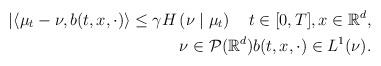
LaTeX: \begin{align*}\begin{aligned}|\langle \mu_t-\nu,b(t,x,\cdot)\rangle\leq \gamma H\left(\nu\mid\mu_t\right)\quad t\in[0,T],x\in\mathbb{R}^d,\\ \nu\in\mathcal{P}(\mathbb{R}^d) b(t,x,\cdot)\in L^1(\nu).\end{aligned}\end{align*}